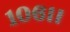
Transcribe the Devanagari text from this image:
१०६।।